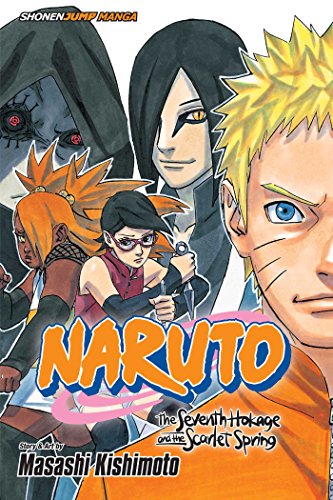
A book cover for Naruto: The Seventh Hokage and the Scarlet Spring; Masashi Kishimoto; Comics & Graphic Novels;